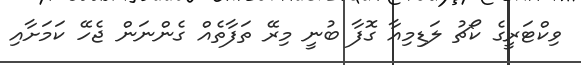
ވިކްޓަރީގެ ކޯޗު ލަޑިމިއާ ގޮފާ ބުނީ މިރޭ ތަފާތެއް ގެންނަން ޖެހޭ ކަމަށާއި